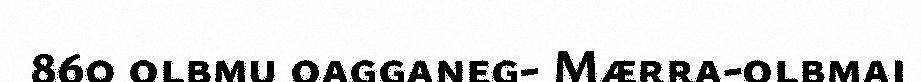
860 olbmu oagganeg- Mærra-olbmai